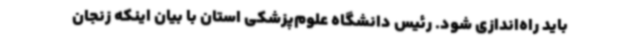
باید راه‌اندازی شود. رئیس دانشگاه علوم‌پزشکی استان با بیان اینکه زنجان